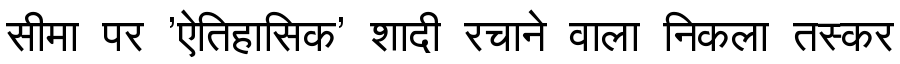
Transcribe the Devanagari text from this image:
सीमा पर 'ऐतिहासिक' शादी रचाने वाला निकला तस्कर